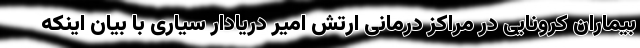
بیماران کرونایی در مراکز درمانی ارتش امیر دریادار سیاری با بیان اینکه